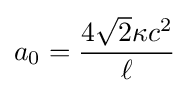
a_{0}={\frac {4{\sqrt {2}}\kappa c^{2}}{\ell }}